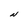
Character: N